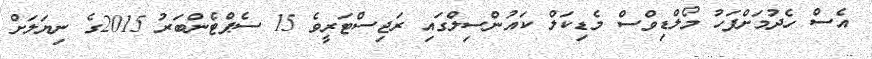
އެސް ހެދުމަށްފަހު މޯލްޑިވްސް މެޑިކަލް ކައުންސިލްގައި ރަޖިސްޓަރީވެ 15 ސެޕްޓެންބަރު 2015ގެ ނިޔަލަށް